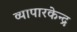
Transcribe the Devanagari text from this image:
व्यापारकेन्द्र